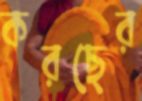
করছের